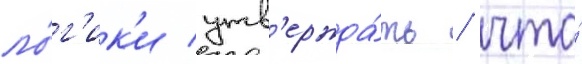
ло́г'ик'и утв'ержда́ть / что́